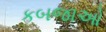
કબજાઓ